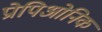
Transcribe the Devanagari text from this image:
प्रोपिओनिक